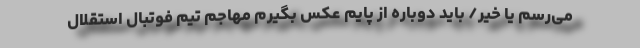
می‌رسم یا خیر/ باید دوباره از پایم عکس بگیرم مهاجم تیم فوتبال استقلال